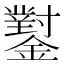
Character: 𨮝